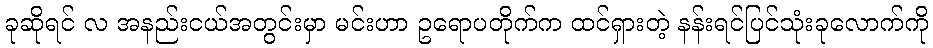
ခုဆိုရင် လ အနည်းငယ်အတွင်းမှာ မင်းဟာ ဥရောပတိုက်က ထင်ရှားတဲ့ နန်းရင်ပြင်သုံးခုလောက်ကို